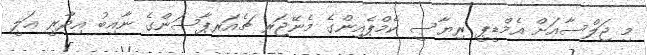
މި ޖަލްސާއަށް އެމްޑީޕީ ރިޔާސީ ކެމްޕެއިންގެ މެނޭޖަރ ޗެއަރޕާސަންގެ ނާއިބު އިދާރީ ޢަލީ